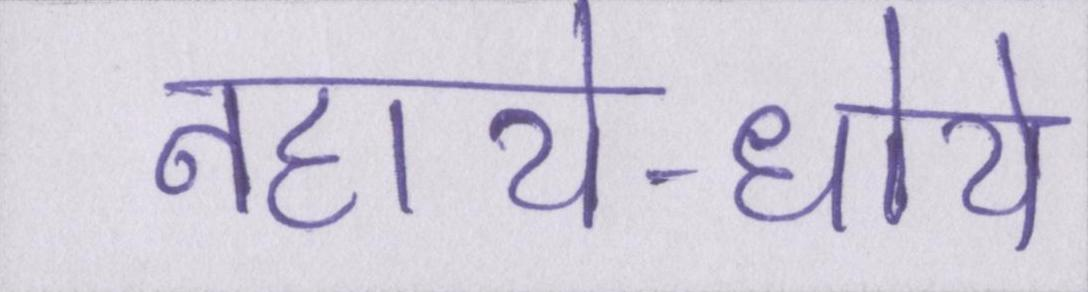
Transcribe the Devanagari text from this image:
नहाये-धोये